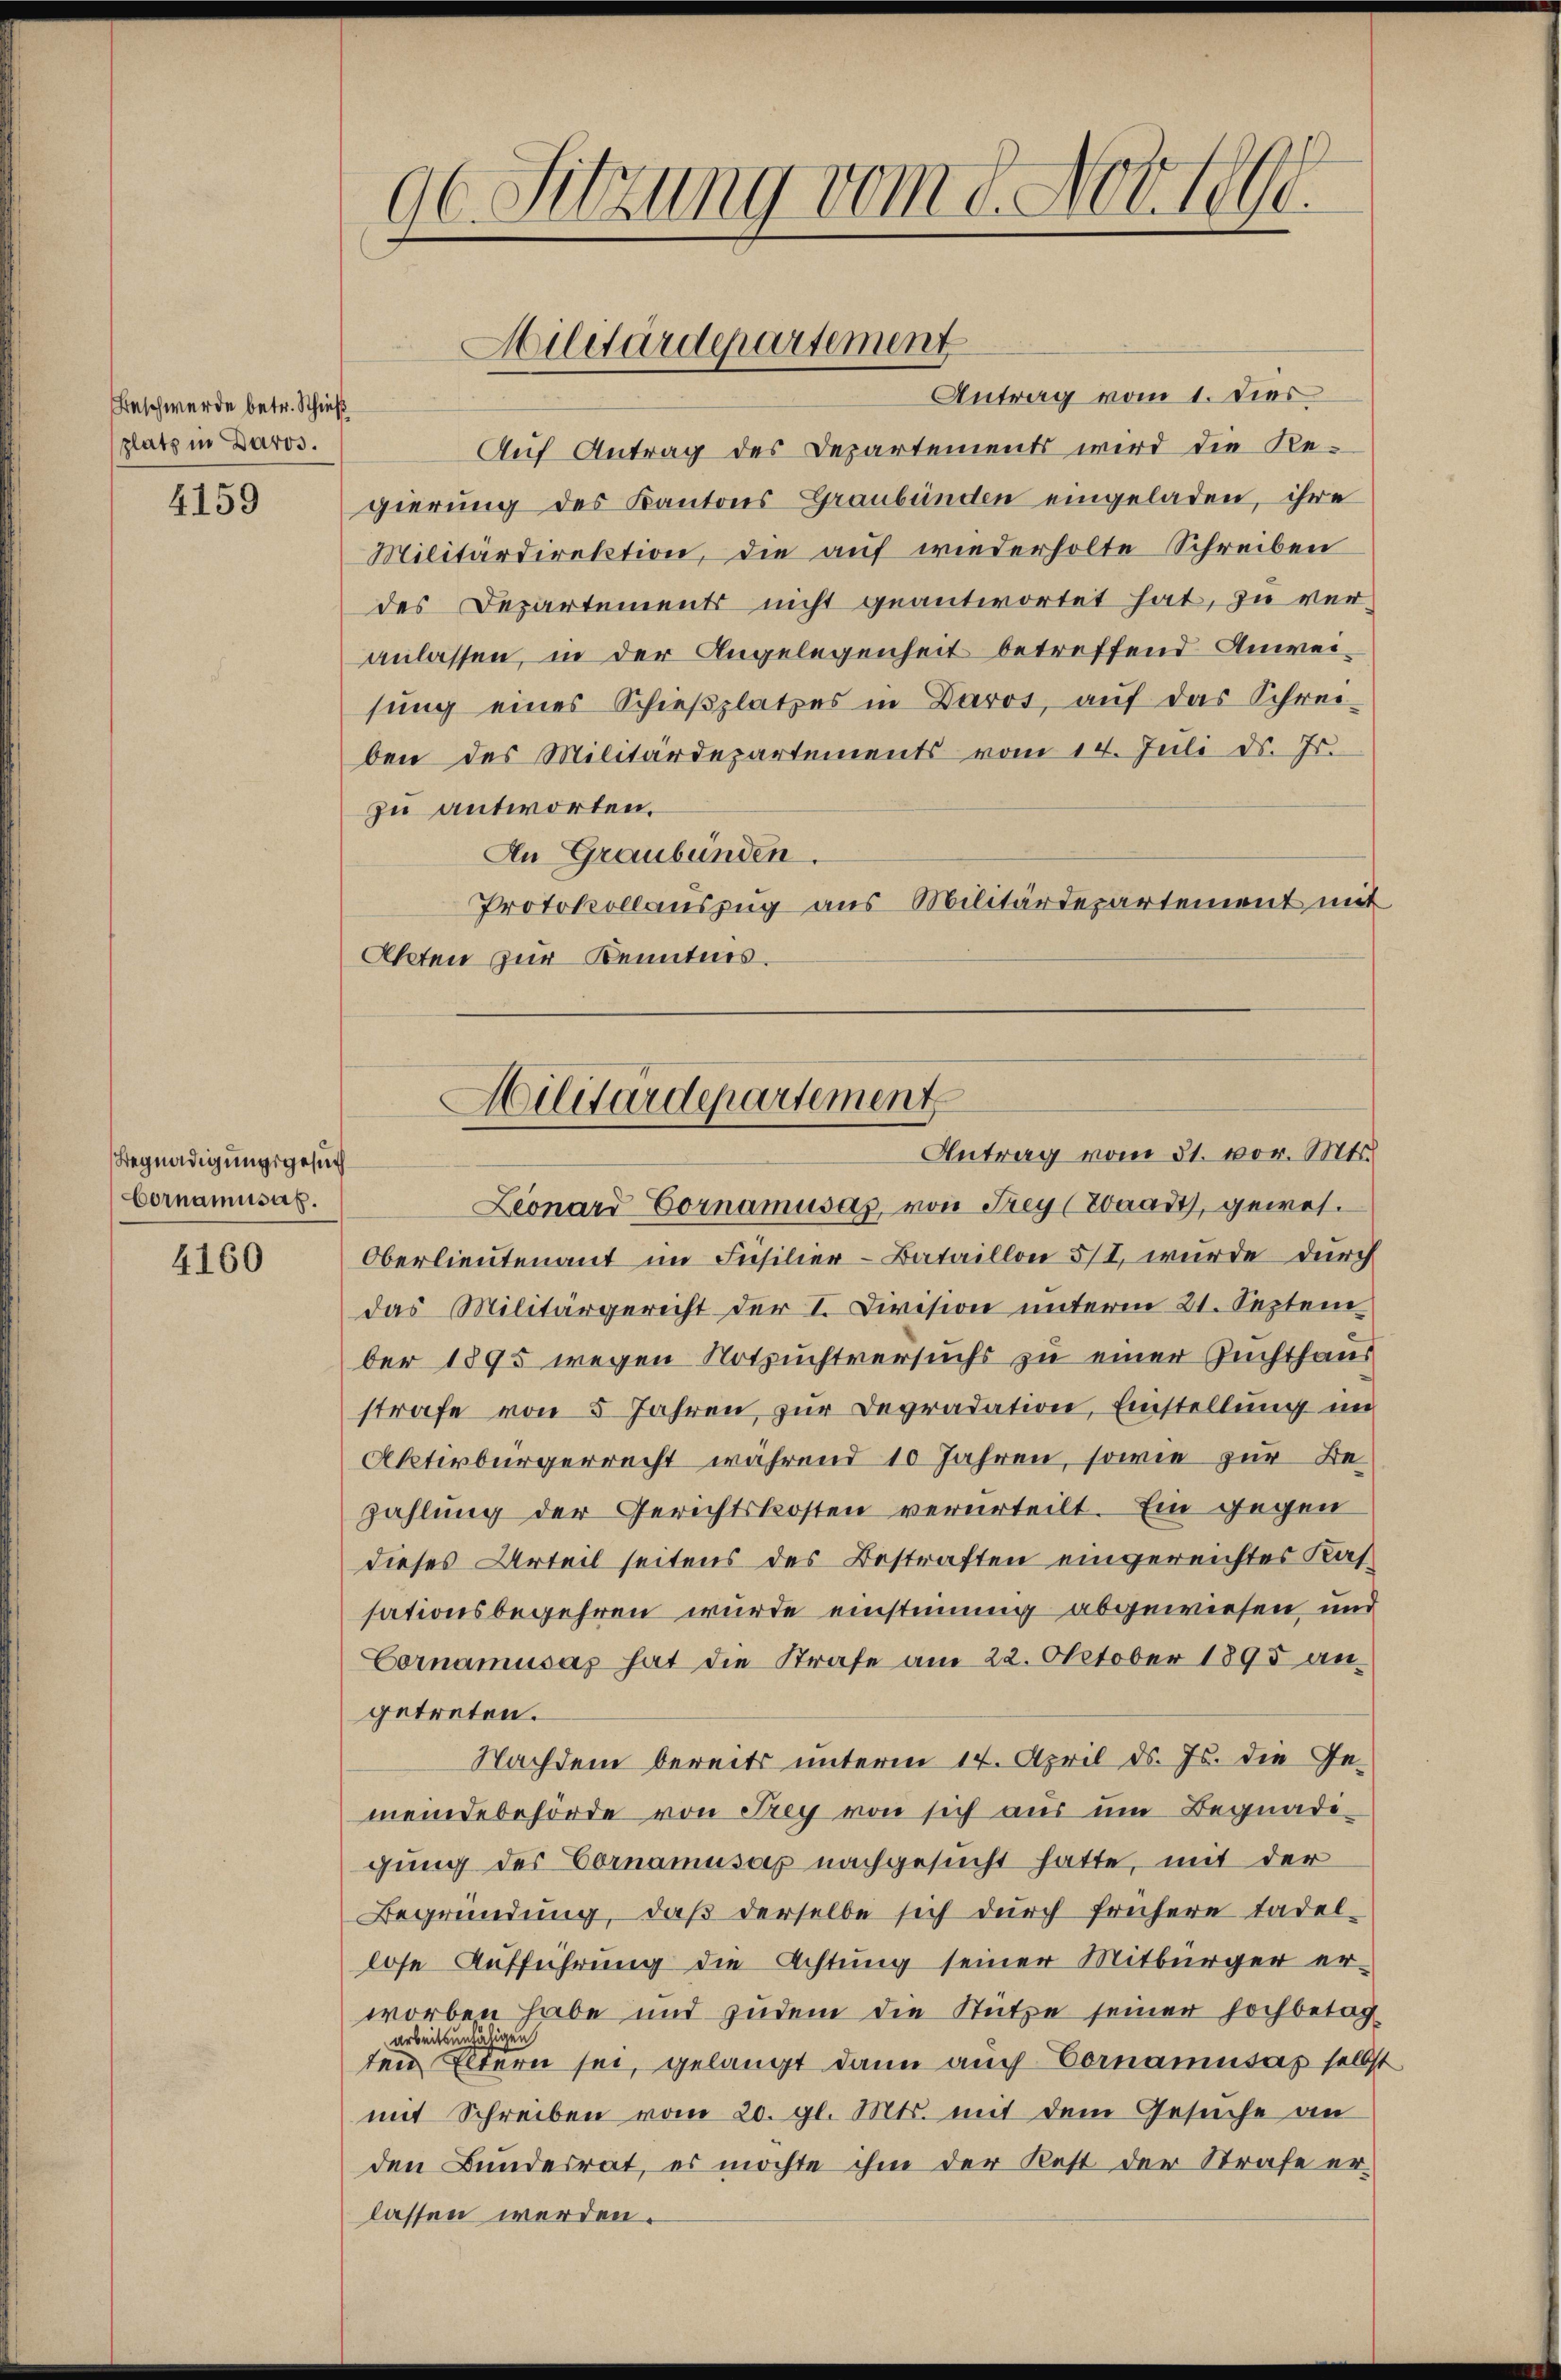
Beschwerde betr. Schieß
platz in Daros.

4159

Begnadigungsgesuch
Cornamusah.

4160

96. Sitzung vom 8. Nov.

Antrag vom 1. Dies
Auf Antrag des Departements wird die Regierung des Kantons Graubünden eingeladen, ihre
Militärdirektion, die auf wiederholte Schreiben
des Departements nicht geantwortet hat, zu veranlassen, in der Angelegenheit betreffend Anweisŭng eines Schieβplatzes in Daros, auf das Schrei-
ben des Militärdepartements vom 14. Juli d. Js.
zu antworten.
An Graubünden.
Protokollauszug aus Militärdepartement mit
Akten zur Kenntnis.

Militärdepartement

Hilitärdepartement
Antrag vom 31. vor. Mts.

Leonard Cornamusas, von Frey (Waadt, gewes.
Oberlieutenant im Füsilier-Bataillon 5/I, wurde durch
das Militärgericht der I. Division unterm 21. Septem
ber 1895 wegen Notzuchtversuchs zu einer Zuchthaus
strafe von 5 Jahren, zur Depradation, Einstellung in
Aktivbürgerrecht während 10 Jahren, sowie zur Bezahlung der Gerichtskosten verurteilt. Ein gegen
dieses Urteil seitens des Bestraften eingereichtes Kassationsbegehren wurde einstimmig abgewiesen und
Cornamusas hat die Strafe am 22. Oktober 1895 an
getreten.
Nachdem bereits unterm 14. April d. Js. die Ge-
meindebehörde von Frey von sich aus um Begnadigung des Vornamusas nachgesucht hatte, mit der
Begründung, daß derselbe sich durch frühere tadel-
lose Aufführung die Achtung seiner Mitbürger er-
worben habe und zudem die Stütze seiner hochbetag
arbeitsunfähigen
ten Eltern sei, gelangt dann auch Vornanntag selbst
mit Schreiben vom 20. gl. Mts. mit dem Gesuche an
den Bundesrat, es möchte ihm der Rest der Strafe erlassen werden.